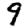
Digit: 9